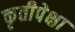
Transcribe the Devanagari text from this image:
कृतीपेक्षा